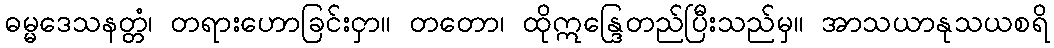
ဓမ္မဒေသနတ္တံ၊ တရားဟောခြင်းငှာ။ တတော၊ ထိုဣန္ဒြေတည်ပြီးသည်မှ။ အာသယာနုသယစရိ